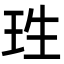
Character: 珄